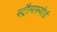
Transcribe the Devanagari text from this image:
स्ट्रौमफ़्योर्ड